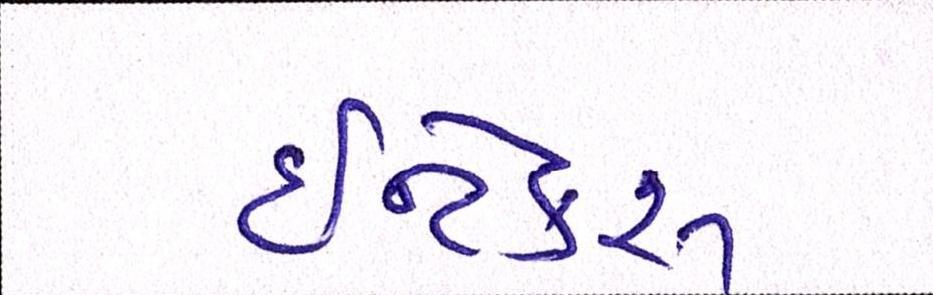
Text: ઈન્ટેક્સ